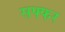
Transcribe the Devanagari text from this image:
सफ्फर